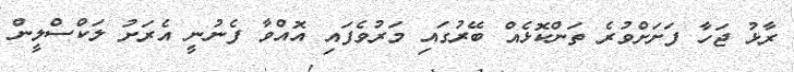
ރާޅު ޖަހާ ފަށަށްވުރެ ތަންކޮޅެއް ބޭރުގައި މަރުވެފައި އޮއްވާ ފެނުނީ އެރަށު ލަކްސްލީން